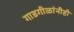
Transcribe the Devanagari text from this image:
गाडगीळांनीही